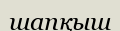
шапқыш